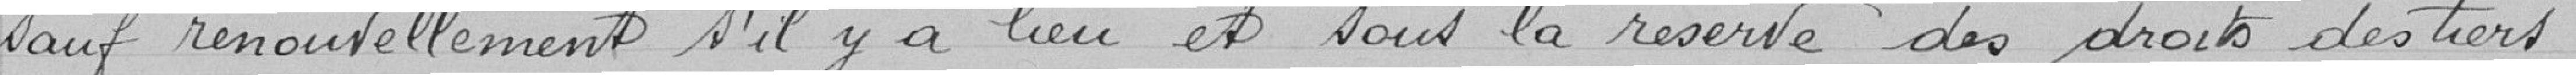
sauf renouvellement s'il y a lieu et sous réserve des droits des tiers.